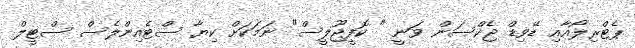
ޕެޓްރިލޯއާއި ޑޭވިޑް ޖެކްސަން ވަނީ " ކޮފީޖޫލީސް" ނަމަކަށް ކިޔާ ސްޓެއިންލެސް ސްޓީލް